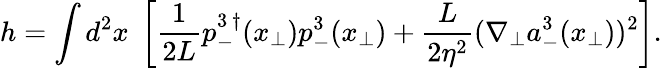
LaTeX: h=\int d^{2}x\; \left[\frac{1}{2L}p_{-}^{3\, \dagger}({x}_{\bot})p_{-}^{3}({x}_{\bot})+\frac{L}{2\eta^{2}}(\nabla_{\bot}a_{-}^{3}({x}_{\bot}))^{2}\right].